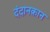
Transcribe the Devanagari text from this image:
दंदानक़ान